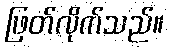
ဖြတ်လိုက်သည်။